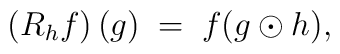
\left( R_h f \right)(g) \; = \; f(g \odot h),